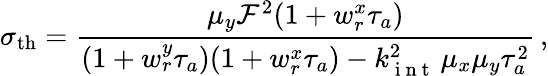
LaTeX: \sigma_{\mathrm{th}}=\frac{\mu_{y}{\cal F}^{2}(1+w_{r}^{x}\tau_{a})}{(1+w_{r}^{y}\tau_{a})(1+w_{r}^{x}\tau_{a})-k_{\mathrm{~i~n~t~}}^{2}\, \mu_{x}\mu_{y}\tau_{a}^{2}}\, ,